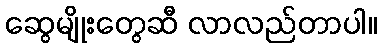
ဆွေမျိုးတွေဆီ လာလည်တာပါ။